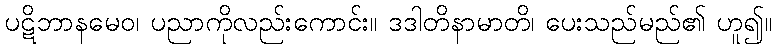
ပဋိဘာနမေဝ၊ ပညာကိုလည်းကောင်း။ ဒဒါတိနာမာတိ၊ ပေးသည်မည်၏ ဟူ၍။